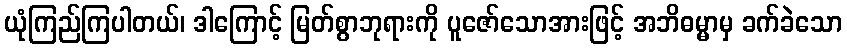
ယုံကြည်ကြပါတယ်၊ ဒါကြောင့် မြတ်စွာဘုရားကို ပူဇော်သောအားဖြင့် အဘိဓမ္မာမှ ခက်ခဲသော